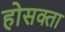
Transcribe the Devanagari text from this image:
होसक्ता